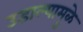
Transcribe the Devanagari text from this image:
उडाल्यामुळे